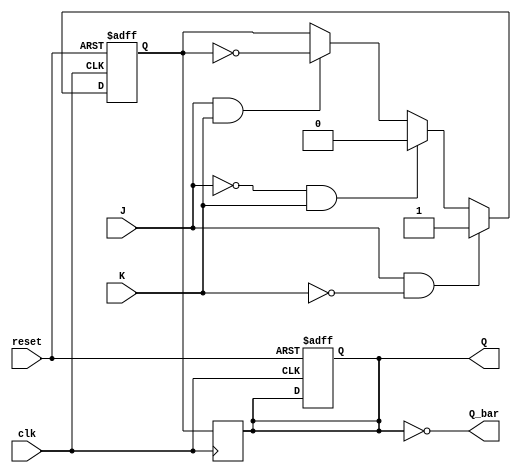
module jk_flipflop (
  input J,
  input K,
  input clk,
  input reset,
  output reg Q,
  output reg Q_bar
);

  reg master_Q, slave_Q;
  
  always @ (posedge clk or posedge reset) begin
    if (reset) begin
      master_Q <= 1'b0;
      slave_Q <= 1'b0;
    end else begin
      if (J && !K) begin
        master_Q <= 1'b1;
      end else if (!J && K) begin
        master_Q <= 1'b0;
      end else if (J && K) begin
        master_Q <= ~master_Q;
      end
    end
  end

  always @ (posedge clk) begin
    slave_Q <= master_Q;
  end

  assign Q = slave_Q;
  assign Q_bar = ~slave_Q;

endmodule